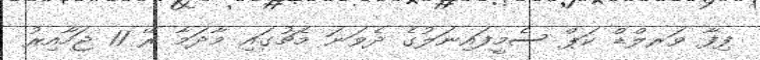
ފިފާ ވަރލްޑް ކަޕް ސެމީފައިނަލުގެ ދެވަނަ މެޗުގައި މާދަމާ ރޭ 11 ޖަހާއިރު